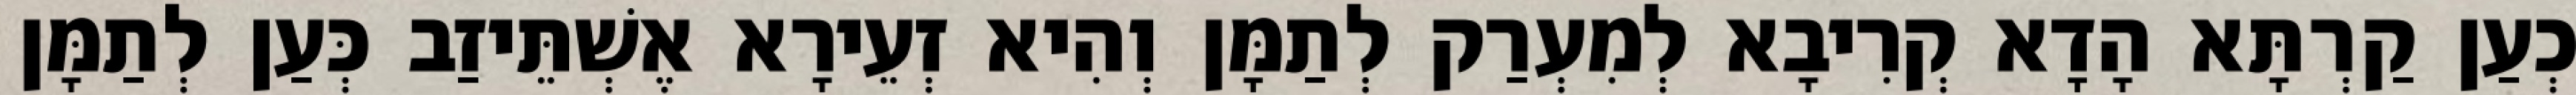
כְעַן קַרְתָּא הָדָא קְרִיבָא לְמִעְרַק לְתַמָּן וְהִיא זְעֵירָא אֶשְׁתֵּיזַב כְּעַן לְתַמָּן